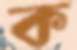
ক